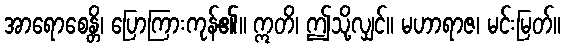
အာရောစေန္တိ၊ ပြောကြားကုန်၏။ ဣတိ၊ ဤသို့လျှင်။ မဟာရာဇ၊ မင်းမြတ်။